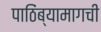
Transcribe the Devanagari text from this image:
पाठिंब्यामागची